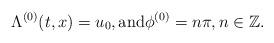
LaTeX: \begin{align*}\Lambda^{(0)}(t,x)=u_0, \hbox{and} \phi^{(0)}=n\pi, n\in \mathbb Z.\end{align*}